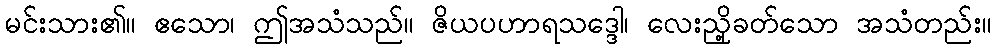
မင်းသား၏။ ဧသော၊ ဤအသံသည်။ ဇိယပဟာရသဒ္ဒေါ၊ လေးညှို့ခတ်သော အသံတည်း။